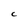
Character: C